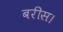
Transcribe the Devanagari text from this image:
बरीस।